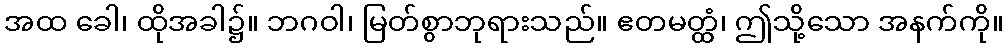
အထ ခေါ၊ ထိုအခါ၌။ ဘဂဝါ၊ မြတ်စွာဘုရားသည်။ ဧတမတ္ထံ၊ ဤသို့သော အနက်ကို။